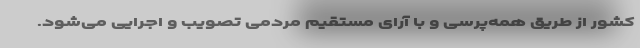
کشور از طریق همه‌پرسی و با آرای مستقیم مردمی تصویب و اجرایی می‌شود.